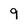
Character: 9